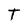
Character: T